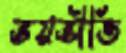
ভয়ভীতি